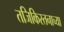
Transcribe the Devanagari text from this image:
तजिकिस्तनाच्या